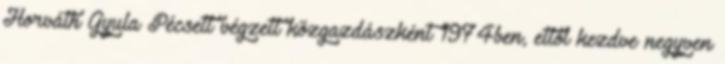
Horváth Gyula Pécsett végzett közgazdászként 1974ben, ettôl kezdve negyven